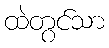
ထဲတွင်သာ